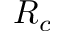
R _ { c }